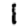
Digit: 1